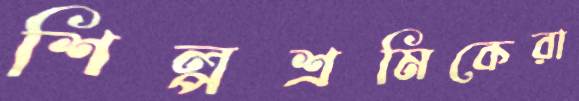
শিল্পশ্রমিকেরা